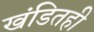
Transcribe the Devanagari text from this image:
खंडितही